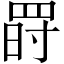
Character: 𦋂